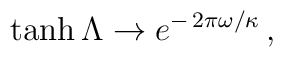
\:\tanh \Lambda \rightarrow e^{-\,2\pi \omega /\kappa } \,,\: